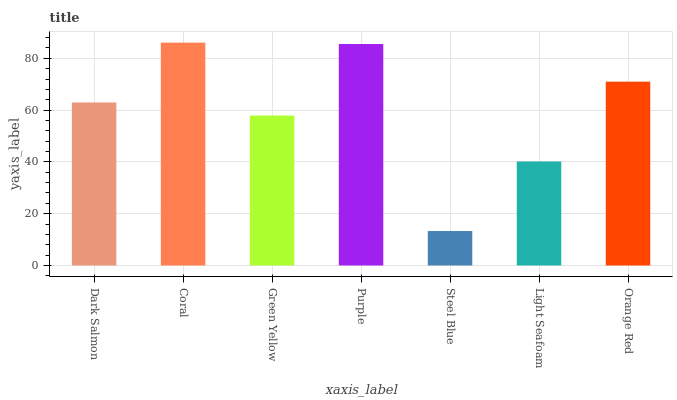
| xaxis_label | bars |
 | --- | --- |
 | Dark Salmon | 63 |
 | Coral | 86.1 |
 | Green Yellow | 57.9 |
 | Purple | 85.5 |
 | Steel Blue | 13.3 |
 | Light Seafoam | 40.2 |
 | Orange Red | 71 |